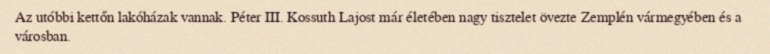
Az utóbbi kettőn lakóházak vannak. Péter III. Kossuth Lajost már életében nagy tisztelet övezte Zemplén vármegyében és a városban.